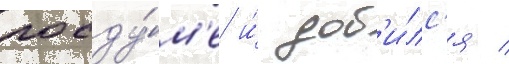
госду́м'е и́ доб'и́лс'я /